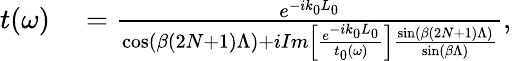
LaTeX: \begin{array}{rl}{t(\omega)}&{{}=\frac{e^{-ik_{0}L_{0}}}{\cos(\beta(2N+1)\Lambda)+iIm\left[\frac{e^{-ik_{0}L_{0}}}{t_{0}(\omega)}\right]\frac{\sin(\beta(2N+1)\Lambda)}{\sin(\beta\Lambda)}},}\end{array}